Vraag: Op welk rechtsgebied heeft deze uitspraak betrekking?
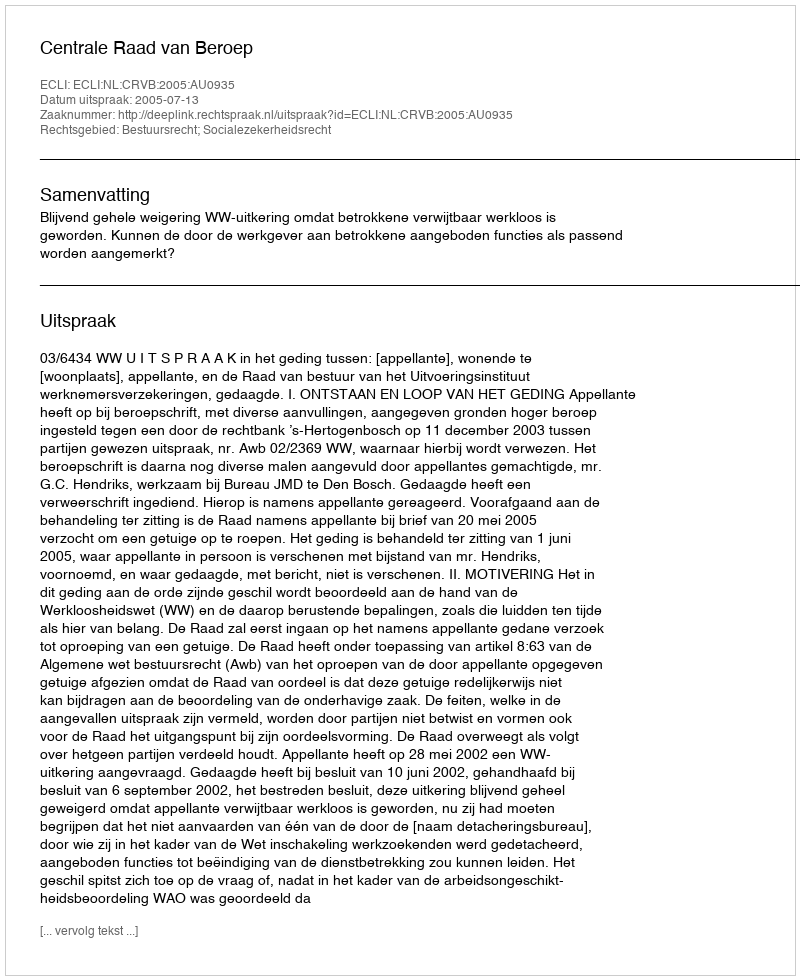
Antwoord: Bestuursrecht; Socialezekerheidsrecht